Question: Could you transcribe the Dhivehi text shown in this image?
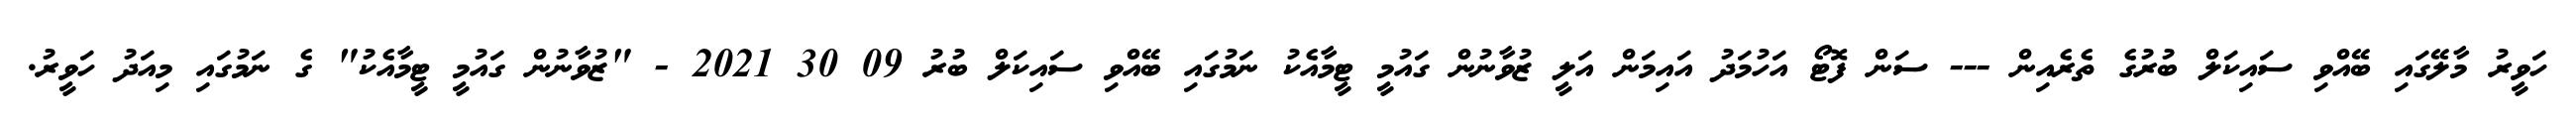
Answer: ހަވީރު މާލޭގައި ބޭއްވި ސައިކަލް ބުރުގެ ތެރެއިން --- ސަން ފޮޓޯ އަހުމަދު އައިމަން އަލީ ޒުވާނުން ގައުމީ ޓީމާއެކު ނަމުގައި ބޭއްވި ސައިކަލް ބުރު 09 30 2021 - "ޒުވާނުން ގައުމީ ޓީމާއެކު" ގެ ނަމުގައި މިއަދު ހަވީރު.